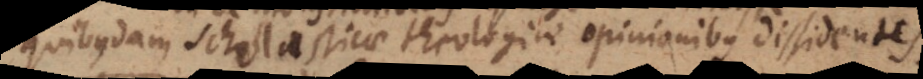
quibusdam Scholasticae theologiae opinionibus dissidentes